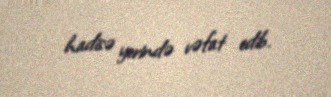
hadisə yerində vəfat edib.